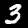
Label: 3